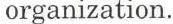
organization.